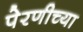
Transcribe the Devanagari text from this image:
पेरणीच्या